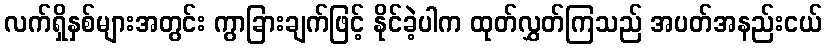
လက်ရှိနှစ်များအတွင်း ကွာခြားချက်ဖြင့် နိုင်ခဲ့ပါက ထုတ်လွှတ်ကြသည် အပတ်အနည်းငယ်